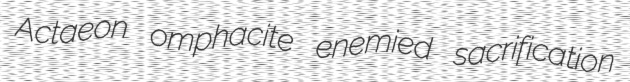
Actaeon omphacite enemied sacrification